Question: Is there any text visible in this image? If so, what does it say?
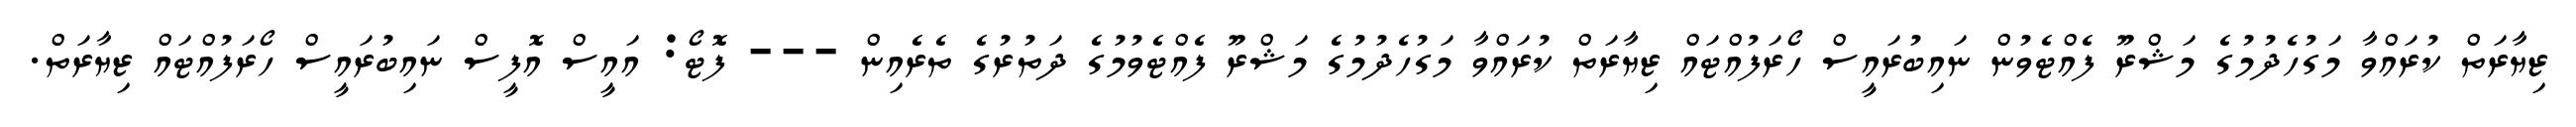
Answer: ޒިޔާރަތް ކުރައްވާ މަގުހެދުމުގެ މަޝްރޫ ފެއްޓެވުން ނައިބުރައީސް ހޯރަފުއްޓައް ޒިޔާރަތް ކުރައްވާ މަގުހެދުމުގެ މަޝްރޫ ފެއްޓެވުމުގެ ދަތުރުގެ ތެރެއިން --- ފޮޓޯ: އައީސް އޮފީސް ނައިބުރައީސް ހޯރަފުއްޓައް ޒިޔާރަތް.